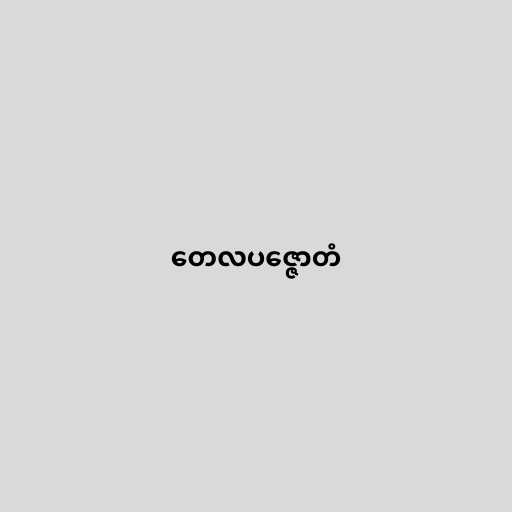
တေလပဇ္ဇောတံ